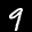
Label: 9